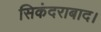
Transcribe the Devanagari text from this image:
सिकंदराबाद।